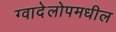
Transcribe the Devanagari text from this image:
ग्वादेलोपमधील